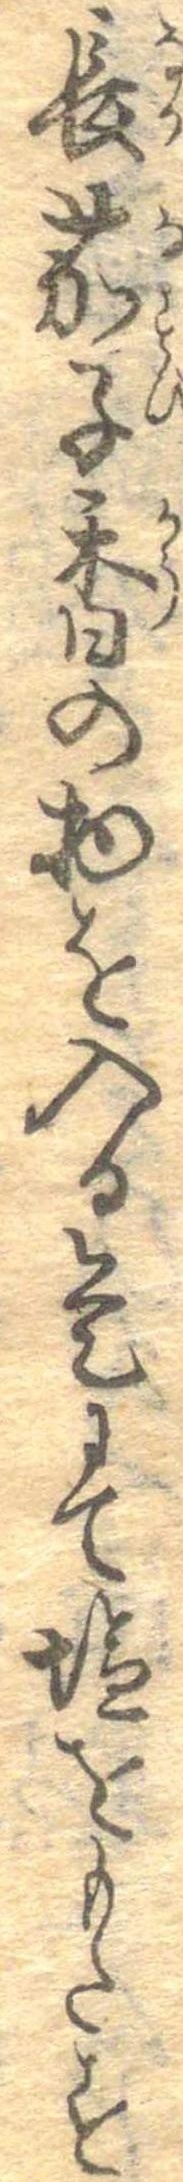
長茄子香の物を入る是にて塩をもたす